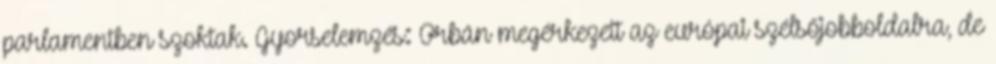
parlamentben szoktak. Gyorselemzés: Orbán megérkezett az európai szélsőjobboldalra, de